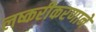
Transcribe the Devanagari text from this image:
लष्करीकरणाने